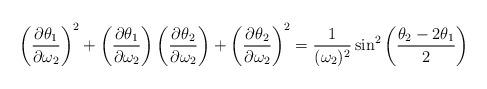
LaTeX: \begin{align*}\left({\partial \theta _1 \over \partial\omega_2}\right)^2 + \left({\partial \theta _1 \over \partial\omega_2}\right) \left({\partial \theta _2 \over \partial\omega_2}\right) + \left({\partial \theta _2 \over \partial\omega_2}\right)^2 = {1 \over (\omega_2)^2}\sin^2 \left({\theta _2- 2\theta _1 \over 2}\right)\end{align*}